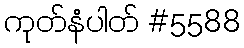
ကုတ်နံပါတ် #5588